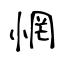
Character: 惘